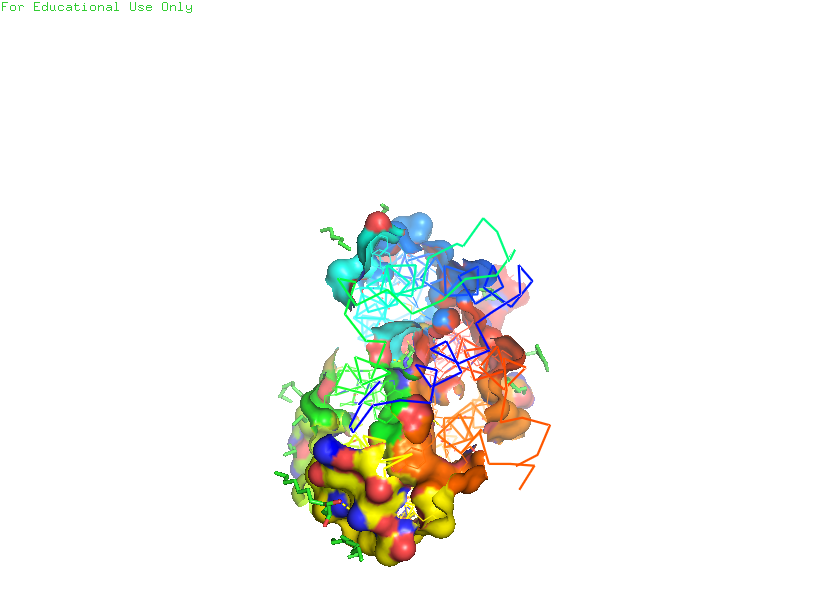
pymol, preset, ligand_sites_hq